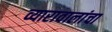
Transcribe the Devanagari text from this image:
व्यारावालांचा